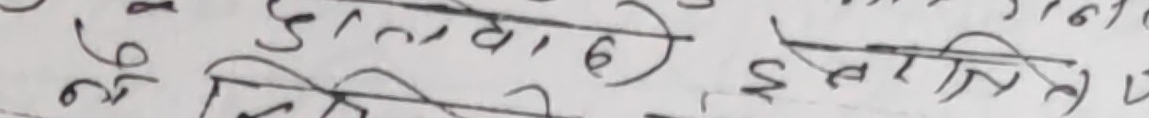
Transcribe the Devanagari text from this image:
५६ डाल्डा (6) इन्फिनिटी